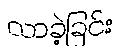
လာခဲ့ခြင်း